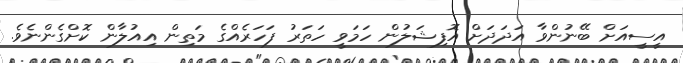
އީސީއަށް ބޭނުންވާ އަދަދަށް އޮފިޝަލުން ހަމަވީ ހަތަރު ފަހަރެއްގެ މަތިން އިއުލާން ކޮށްގެންނެވެ.